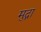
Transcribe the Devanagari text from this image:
मुद्गा